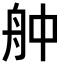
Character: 舯